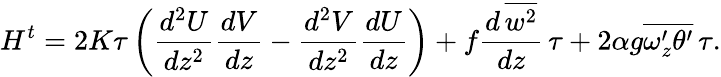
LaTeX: H^{t}=2K\tau\left(\frac{d^{2}U}{dz^{2}}\frac{dV}{dz}-\frac{d^{2}V}{dz^{2}}\frac{dU}{dz}\right)+f\frac{d\, \overline{{w^{2}}}}{dz}\, \tau+2\alpha g\overline{{\omega_{z}^{\prime}\theta^{\prime}}}\, \tau.